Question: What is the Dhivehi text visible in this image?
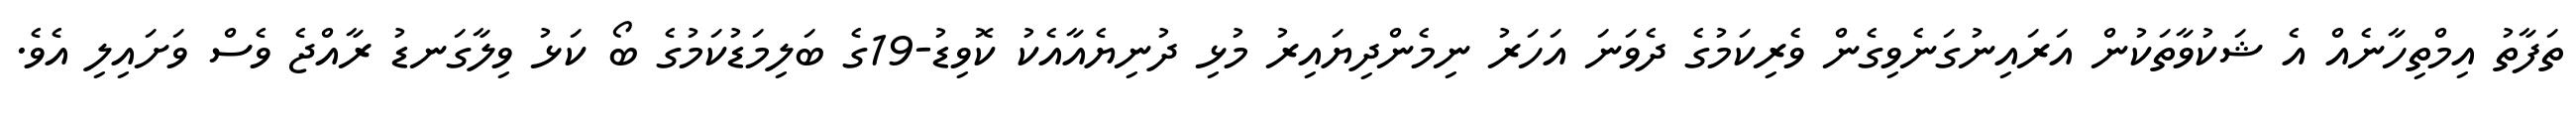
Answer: ތަފާތު އިމްތިހާނެއް އެ ޝަކުވާތަކުން އަރައިނުގަނެވިގެން ވެރިކަމުގެ ދެވަނަ އަހަރު ނިމެންދިޔައިރު މުޅި ދުނިޔެއާއެކު ކޮވިޑު-19ގެ ބަލިމަޑުކަމުގެ ބޯ ކަޅު ވިލާގަނޑު ރާއްޖެ ވެސް ވަށައިލި އެވެ.